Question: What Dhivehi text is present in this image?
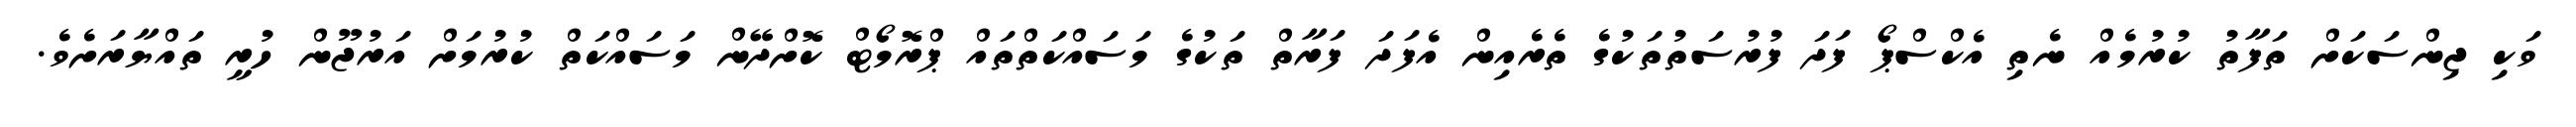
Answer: ވަކި ޖިންސަކަށް ތަފާތު ކުރުމެއް ނެތި އެކްސްޕޯ ފަދަ ފުރުސަތުތަކުގެ ތެރެއިން އެފަދަ ފަރާތް ތަކުގެ މަސައްކަތްތައް ޕްރޮމޯޓް ކޮށްދޭން މަސައްކަތް ކުރުމަށް އަރުޖޫން ހުރީ ތައްޔާރަށެވެ.